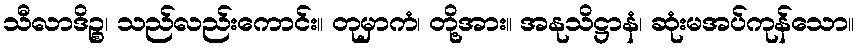
သီလာဒိဉ္စ၊ သည်လည်းကောင်း။ တုမှာကံ၊ တို့အား။ အနုသိဋ္ဌာနံ၊ ဆုံးမအပ်ကုန်သော။